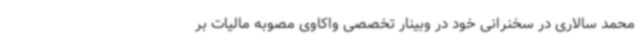
محمد سالاری در سخنرانی خود در وبینار تخصصی واکاوی مصوبه مالیات بر